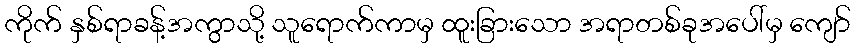
ကိုက် နှစ်ရာခန့်အကွာသို့ သူရောက်ကာမှ ထူးခြားသော အရာတစ်ခုအပေါ်မှ ကျော်